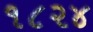
૧૮૨૪